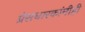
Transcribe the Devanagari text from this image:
प्रेसधारकांनीही